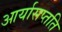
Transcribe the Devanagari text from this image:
आर्यासप्तति